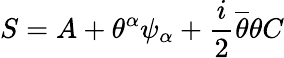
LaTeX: S=A+\theta^{\alpha}\psi_{\alpha}+\frac{i}{2}\overline{{{\theta}}}\theta C